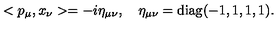
< p _ { \mu } , x _ { \nu } > = - i \eta _ { \mu \nu } , \quad \eta _ { \mu \nu } = \mathrm { d i a g } ( - 1 , 1 , 1 , 1 ) .